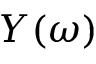
Y ( \omega )